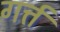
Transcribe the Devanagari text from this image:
गर्त्त